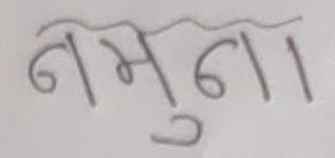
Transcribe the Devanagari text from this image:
नेमुना